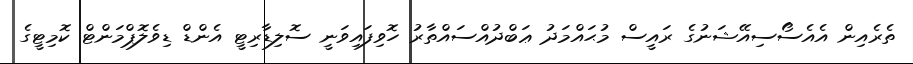
ތެރެއިން އެއެސޯސިއޭޝަނުގެ ރައީސް މުޙައްމަދު ޢަބްދުއްސައްތާރު ހޮވިފައިވަނީ ސޮލިޑާރިޓީ އެންޑް ޑިވެލޮޕްމަންޓް ކޮމިޓީގެ